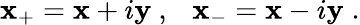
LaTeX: {\mathbf x_{+}}={\mathbf x}+i{\mathbf y}~,~~~{\mathbf x_{-}}={\mathbf x}-i{\mathbf y}\; .